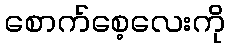
စောက်စေ့လေးကို